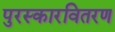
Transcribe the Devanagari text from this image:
पुरस्कारवितरण